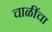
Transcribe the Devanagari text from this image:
चाळींचा